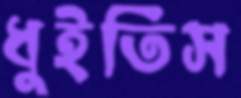
ধুইতিস